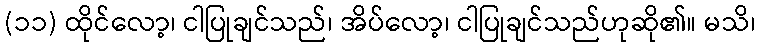
(၁၁) ထိုင်လော့၊ ငါပြုချင်သည်၊ အိပ်လော့၊ ငါပြုချင်သည်ဟုဆို၏။ မသိ၊